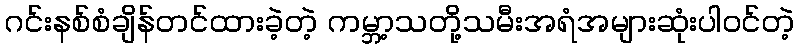
ဂင်းနစ်စံချိန်တင်ထားခဲ့တဲ့ ကမ္ဘာ့သတို့သမီးအရံအများဆုံးပါ၀င်တဲ့